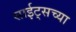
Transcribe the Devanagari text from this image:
साईट्सच्या